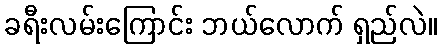
ခရီးလမ်းကြောင်း ဘယ်လောက် ရှည်လဲ။